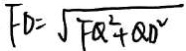
F D = \sqrt { F Q ^ { 2 } + Q D ^ { 2 } }